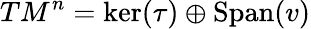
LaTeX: TM^{n}=\ker(\tau)\oplus\textrm{Span}(v)